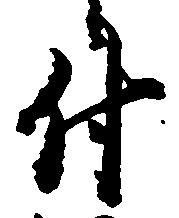
付